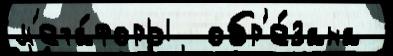
м'ета́форы  обр'е́зана